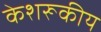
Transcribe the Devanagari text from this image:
केशरूकीय